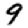
Digit: 9